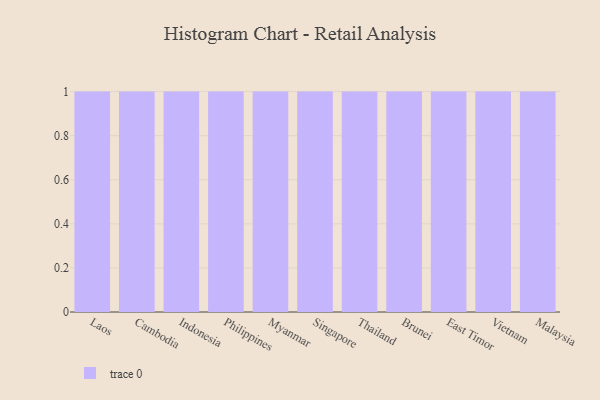
{"axis": {"x": "Country", "y": "Website Visitors"}, "legend": [""], "data": [{"x": "Laos", "y": 87, "type": ""}, {"x": "Cambodia", "y": 95, "type": ""}, {"x": "Indonesia", "y": 45, "type": ""}, {"x": "Philippines", "y": 55, "type": ""}, {"x": "Myanmar", "y": 4, "type": ""}, {"x": "Singapore", "y": 73, "type": ""}, {"x": "Thailand", "y": 40, "type": ""}, {"x": "Brunei", "y": 50, "type": ""}, {"x": "East Timor", "y": 84, "type": ""}, {"x": "Vietnam", "y": 67, "type": ""}, {"x": "Malaysia", "y": 56, "type": ""}]}